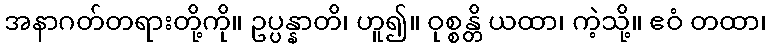
အနာဂတ်တရားတို့ကို။ ဥပ္ပန္နာတိ၊ ဟူ၍။ ဝုစ္စန္တိ ယထာ၊ ကဲ့သို့။ ဧဝံ တထာ၊